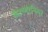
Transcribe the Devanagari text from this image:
कैंटलोनिया